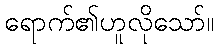
ရောက်၏ဟူလိုသော်။